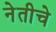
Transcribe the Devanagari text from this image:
नेतीचे